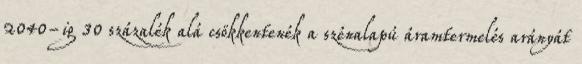
2040-ig 30 százalék alá csökkentenék a szénalapú áramtermelés arányát